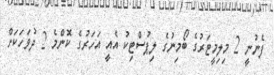
ފެނުނީ 2 މިލިމީޓަރުގެ ބޯމިނުގެ ލިޕުސްޓިކު އެއީ އަހަރުގެ ކޮންމެ 2 ދުވަހަކަށް